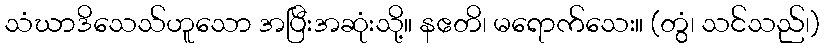
သံဃာဒိသေသ်ဟူသော အပြီးအဆုံးသို့။ နဧတိ၊ မရောက်သေး။ (တွံ၊ သင်သည်၊)